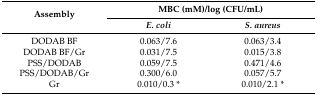
<table><thead><tr><td rowspan="2"><b>Assembly</b></td><td colspan="2"><b>MBC (mM)/log (CFU/mL)</b></td></tr><tr><td><b><i>E. coli</i></b></td><td><b><i>S. aureus</i></b></td></tr></thead><tbody><tr><td>DODAB BF</td><td>0.063/7.6</td><td>0.063/3.4</td></tr><tr><td>DODAB BF/Gr</td><td>0.031/7.5</td><td>0.015/3.8</td></tr><tr><td>PSS/DODAB</td><td>0.059/7.5</td><td>0.471/4.6</td></tr><tr><td>PSS/DODAB/Gr</td><td>0.300/6.0</td><td>0.057/5.7</td></tr><tr><td>Gr</td><td>0.010/0.3 *</td><td>0.010/2.1 *</td></tr></tbody></table>